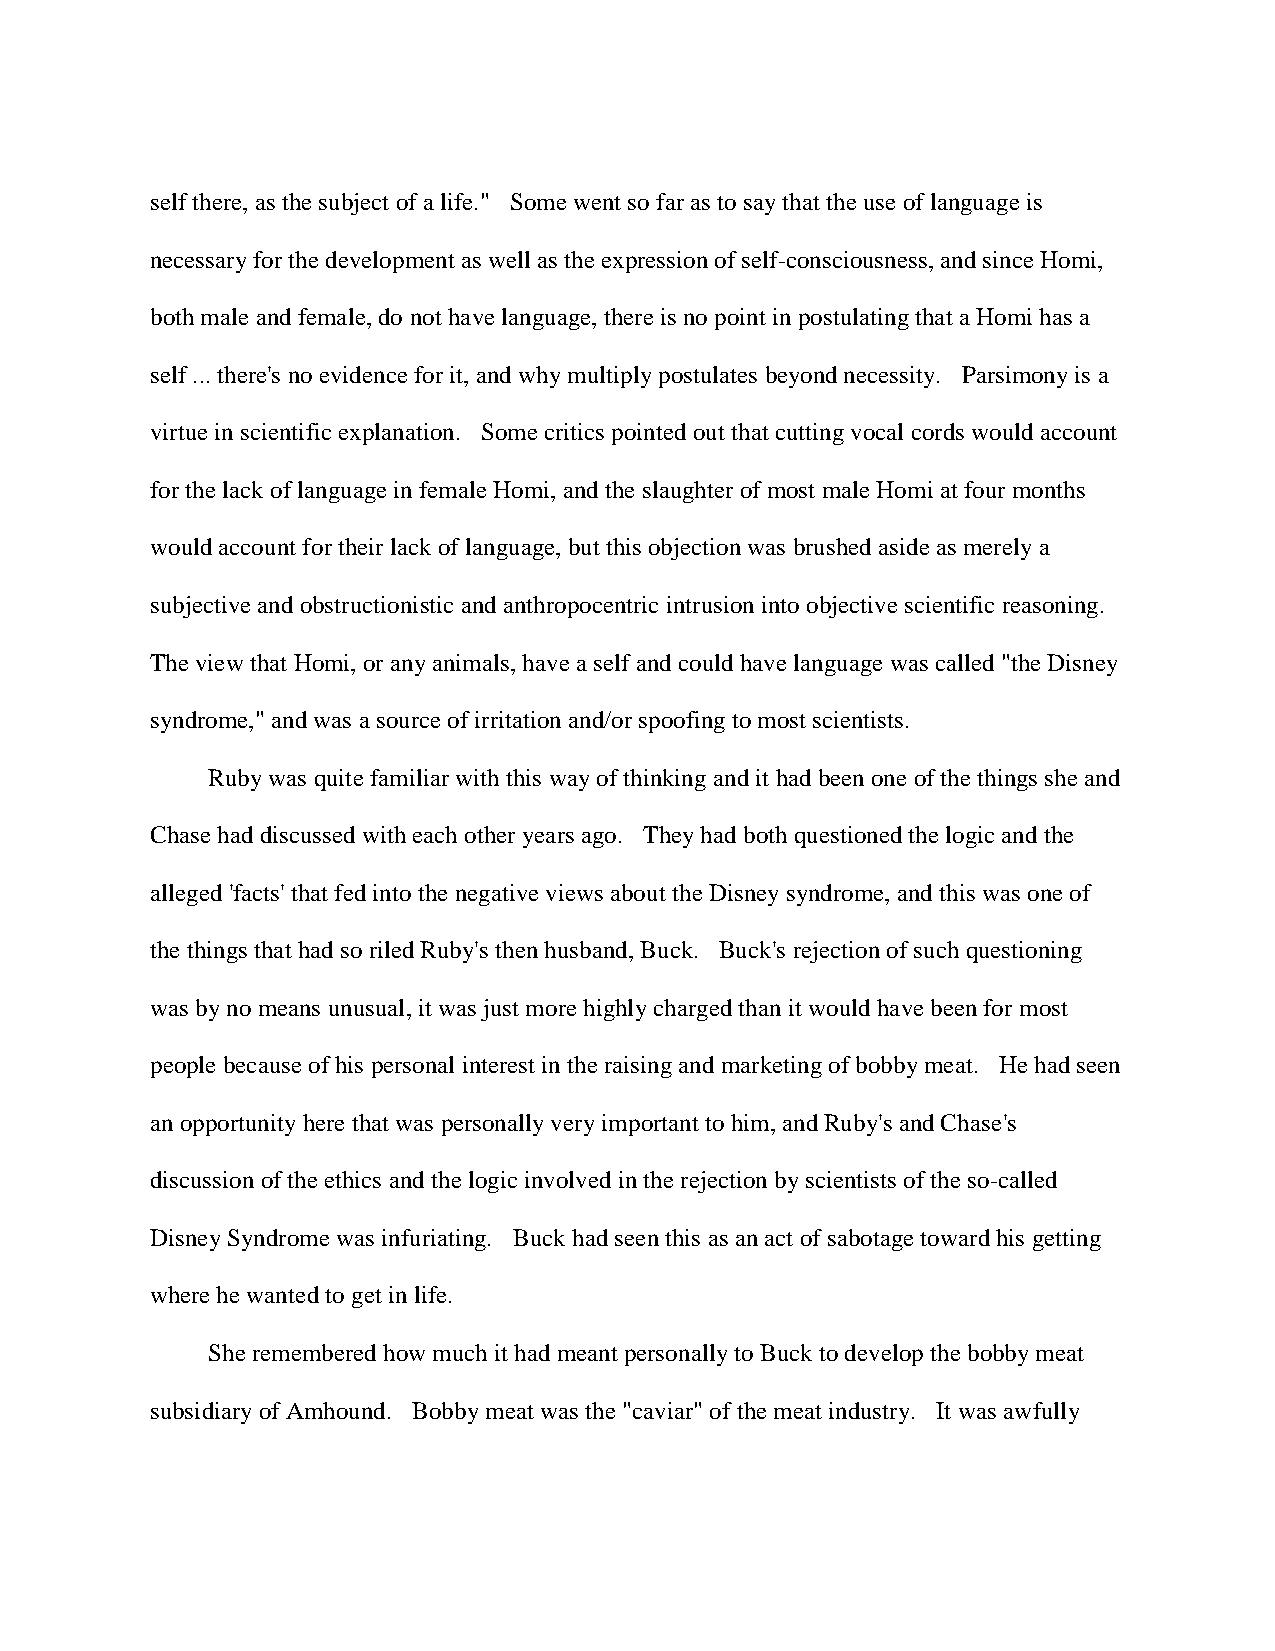
self there, as the subject of a life." Some went so far as to say that the use of language is
 necessary for the development as well as the expression of self-consciousness, and since Homi,
 both male and female, do not have language, there is no point in postulating that a Homi has a
 self ... there's no evidence for it, and why multiply postulates beyond necessity. Parsimony is a
 virtue in scientific explanation. Some critics pointed out that cutting vocal cords would account
 for the lack of language in female Homi, and the slaughter of most male Homi at four months
 would account for their lack of language, but this objection was brushed aside as merely a
 subjective and obstructionistic and anthropocentric intrusion into objective scientific reasoning.
 The view that Homi, or any animals, have a self and could have language was called "the Disney
 syndrome," and was a source of irritation and/or spoofing to most scientists.
 Ruby was quite familiar with this way of thinking and it had been one of the things she and
 Chase had discussed with each other years ago. They had both questioned the logic and the
 alleged 'facts' that fed into the negative views about the Disney syndrome, and this was one of
 the things that had so riled Ruby's then husband, Buck. Buck's rejection of such questioning
 was by no means unusual, it was just more highly charged than it would have been for most
 people because of his personal interest in the raising and marketing of bobby meat. He had seen
 an opportunity here that was personally very important to him, and Ruby's and Chase's
 discussion of the ethics and the logic involved in the rejection by scientists of the so-called
 Disney Syndrome was infuriating. Buck had seen this as an act of sabotage toward his getting
 where he wanted to get in life.
 She remembered how much it had meant personally to Buck to develop the bobby meat
 subsidiary of Amhound. Bobby meat was the "caviar" of the meat industry. It was awfully